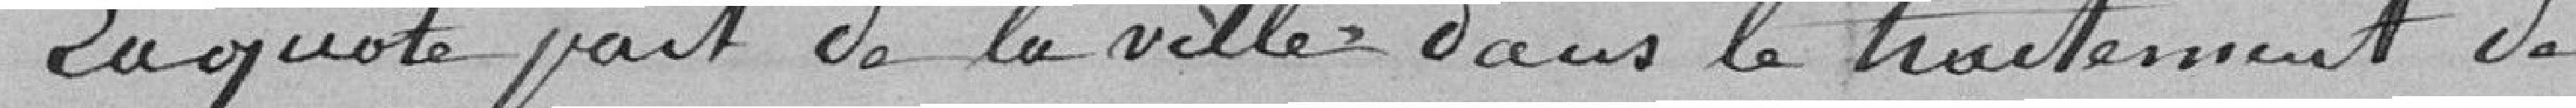
La Côte part de la ville dans le traitement de